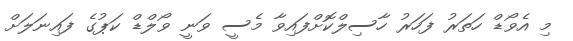
މި އެވޯޑް ހަތަރު ފަހަރު ހާސިލްކޮށްފައިވާ މެސީ ވަނީ ވޯލްޑް ކަޕުގެ ފައިނަލަށް